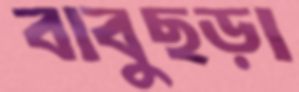
বাবুছড়া